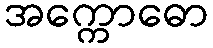
အက္ကောဓော